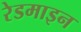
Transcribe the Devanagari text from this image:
रेडमाइन